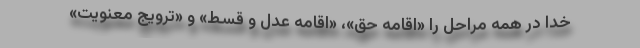
خدا در همه مراحل را «اقامه حق»، «اقامه عدل و قسط» و «ترویج معنویت»